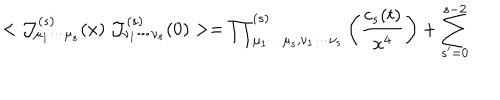
< { \cal J } _ { \mu _ { 1 } \cdots \mu _ { s } } ^ { ( s ) } ( x ) ~ { \cal J } _ { \nu _ { 1 } \cdots \nu _ { s } } ^ { ( s ) } ( 0 ) > = { \prod } _ { \mu _ { 1 } \cdots \mu _ { s } , \nu _ { 1 } \cdots \nu _ { s } } ^ { ( s ) } \left( { \frac { c _ { s } ( t ) } { x ^ { 4 } } } \right) + \sum _ { s ^ { \prime } = 0 } ^ { s - 2 }